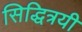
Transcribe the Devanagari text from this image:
सिद्धित्रयी